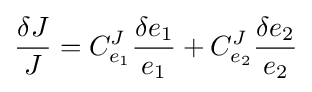
{\frac {\delta J}{J}}=C_{e_{1}}^{J}{\frac {\delta e_{1}}{e_{1}}}+C_{e_{2}}^{J}{\frac {\delta e_{2}}{e_{2}}}